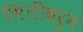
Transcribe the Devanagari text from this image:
भिंतींवरुन